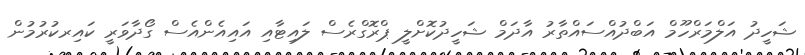
ޝަހީދު އަލްމަރްހޫމް އަބްދުއްސައްތާރު އާދަމް ޝަހީދުކޮށްލީ ޕްރޮގްރެސް ލައިޓާއި އައިއެންއެސް ގޯދާވަރީ ކައިރކުރުމުން